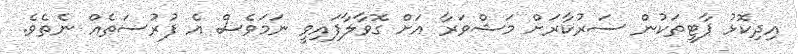
އިދިކޮޅު ޕާޓީތަކުން ސަރުކާރަށް މަޝްވަރާ އަށް ގޮވާލާފައިވީ ނަމަވެސް އެ ފުރުސަތެއް ނެތެވެ.